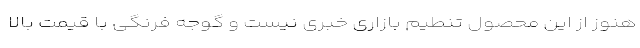
هنوز از این محصول تنطیم بازاری خبری نیست و گوجه فرنگی با قیمت بالا